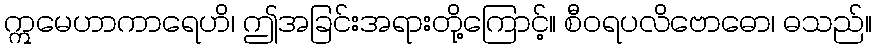
ဣမေဟာကာရေဟိ၊ ဤအခြင်းအရားတို့ကြောင့်။ စီဝရပလိဗောဓော၊ ဓသည်။